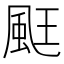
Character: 𮨧